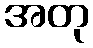
အတု